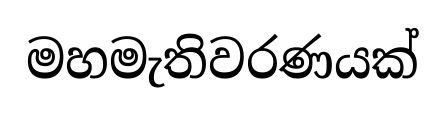
මහමැතිවරණයක්